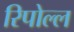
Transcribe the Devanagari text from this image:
रिपोल्ल